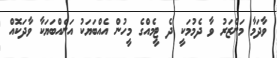
ވާދަމާ މަންޒަރު ވާ ދެމުމަކީ ދެ ޓީމެއްގެ މީހުން އެއްބަޔަކު އަނެއްބަޔަކާ ވާދަކޮއް